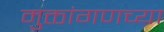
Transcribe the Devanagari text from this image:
मुक्तांगणच्या